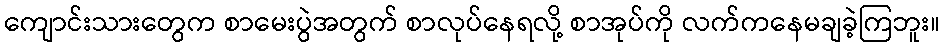
ကျောင်းသားတွေက စာမေးပွဲအတွက် စာလုပ်နေရလို့ စာအုပ်ကို လက်ကနေမချခဲ့ကြဘူး။